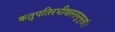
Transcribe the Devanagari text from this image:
क्रतुपतिरधीशस्तनुभृतां।